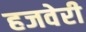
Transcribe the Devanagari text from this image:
हजवेरी